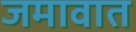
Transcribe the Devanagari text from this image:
जमावात